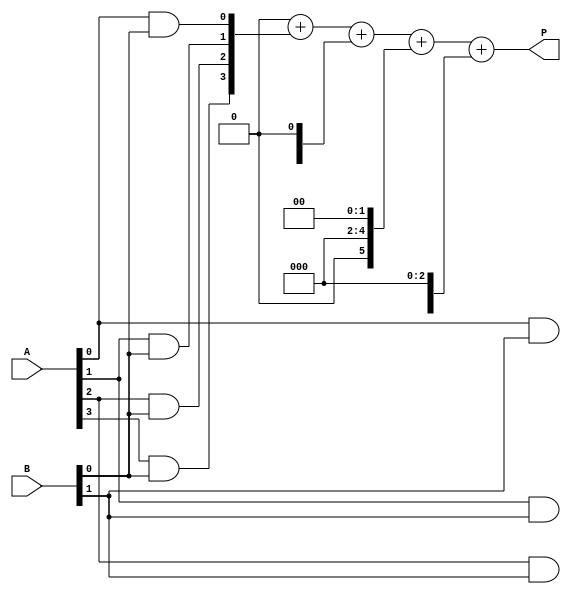
module array_multiplier #(parameter A_WIDTH = 4, B_WIDTH = 4)(
    input [A_WIDTH-1:0] A,
    input [B_WIDTH-1:0] B,
    output reg [A_WIDTH + B_WIDTH - 1:0] P
);

// Internal signals for partial products
wire [A_WIDTH * B_WIDTH - 1:0] partial_products [0:B_WIDTH-1];
wire [A_WIDTH + B_WIDTH - 1:0] sum [0:B_WIDTH-1];

// Generate partial products using AND gates
genvar i, j;
generate
    for (i = 0; i < B_WIDTH; i = i + 1) begin: partial_product_gen
        for (j = 0; j < A_WIDTH; j = j + 1) begin: and_gate_gen
            assign partial_products[i][i * A_WIDTH + j] = A[j] & B[i];
        end
    end
endgenerate

// Add partial products together
integer k;
always @* begin
    // Initialize the product to zero
    P = 0;

    // Sum the partial products
    for (k = 0; k < B_WIDTH; k = k + 1) begin
        // Shift left the partial product by k positions
        P = P + (partial_products[k] << k);
    end
end

endmodule